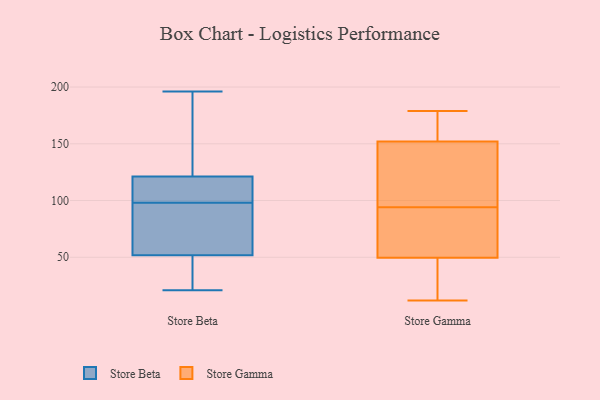
{"axis": {"x": "LTV (USD)", "y": "Value"}, "legend": ["Store Beta", "Store Gamma"], "data": [{"x": "", "y": 99, "type": "Store Beta"}, {"x": "", "y": 27, "type": "Store Beta"}, {"x": "", "y": 126, "type": "Store Beta"}, {"x": "", "y": 91, "type": "Store Beta"}, {"x": "", "y": 21, "type": "Store Beta"}, {"x": "", "y": 39, "type": "Store Beta"}, {"x": "", "y": 107, "type": "Store Beta"}, {"x": "", "y": 76, "type": "Store Beta"}, {"x": "", "y": 75, "type": "Store Beta"}, {"x": "", "y": 160, "type": "Store Beta"}, {"x": "", "y": 189, "type": "Store Beta"}, {"x": "", "y": 44, "type": "Store Beta"}, {"x": "", "y": 196, "type": "Store Beta"}, {"x": "", "y": 98, "type": "Store Beta"}, {"x": "", "y": 107, "type": "Store Beta"}, {"x": "", "y": 23, "type": "Store Gamma"}, {"x": "", "y": 94, "type": "Store Gamma"}, {"x": "", "y": 179, "type": "Store Gamma"}, {"x": "", "y": 118, "type": "Store Gamma"}, {"x": "", "y": 146, "type": "Store Gamma"}, {"x": "", "y": 12, "type": "Store Gamma"}, {"x": "", "y": 84, "type": "Store Gamma"}, {"x": "", "y": 142, "type": "Store Gamma"}, {"x": "", "y": 81, "type": "Store Gamma"}, {"x": "", "y": 166, "type": "Store Gamma"}, {"x": "", "y": 154, "type": "Store Gamma"}, {"x": "", "y": 39, "type": "Store Gamma"}, {"x": "", "y": 15, "type": "Store Gamma"}, {"x": "", "y": 82, "type": "Store Gamma"}, {"x": "", "y": 165, "type": "Store Gamma"}]}